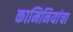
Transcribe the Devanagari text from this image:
कामिनियांचा